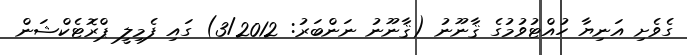
ގެވެށި އަނިޔާ ހުއްޓުވުމުގެ ޤާނޫނު (ޤާނޫނު ނަންބަރު: 3/2012) ގައި ފެމިލީ ޕްރޮޓެކްޝަން